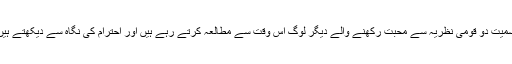
پہلے یہ عرض کرنا ہے کہ دو قومی نظریہ کے حامی صحافیوں کو مجھ سمیت دو قومی نظریہ سے محبت رکھنے والے دیگر لوگ اس وقت سے مطالعہ کرتے رہے ہیں اور احترام کی نگاہ سے دیکھتے ہیں جب سے انہوں نے اپنے رسالے اور اخبار شائع کرنے شروع کیے تھے۔